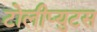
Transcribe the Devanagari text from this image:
टोलीप्युटस